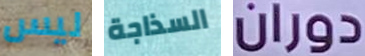
ليس السذاجة دوران